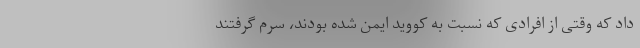
داد که وقتی از افرادی که نسبت به کووید ایمن شده بودند، سرم گرفتند